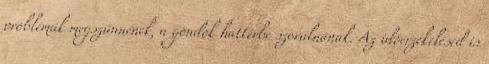
problémák megszűnnének, a gondok háttérbe szorulnának. Az időérzékelésed is